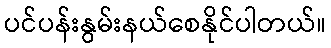
ပင်ပန်းနွမ်းနယ်စေနိုင်ပါတယ်။